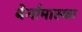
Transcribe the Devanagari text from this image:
बेर्गामास्का